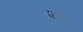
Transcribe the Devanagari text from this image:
फ़ॉदर